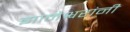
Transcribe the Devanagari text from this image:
झानेश्वरांनी